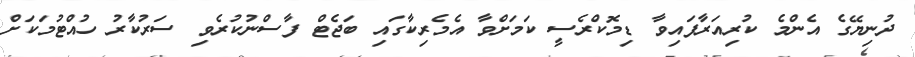
ދުނިޔޭގެ އެންމެ ކުރިއަރާފައިވާ ޑިމޮކްރެސީ ކަމަށްވާ އެމެރިކާގައި ބަޖެޓް ފާސްނުކުރެވި ސަރުކާރު ހުއްޓުމަކަށް